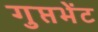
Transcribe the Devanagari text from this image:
गुप्तभेंट